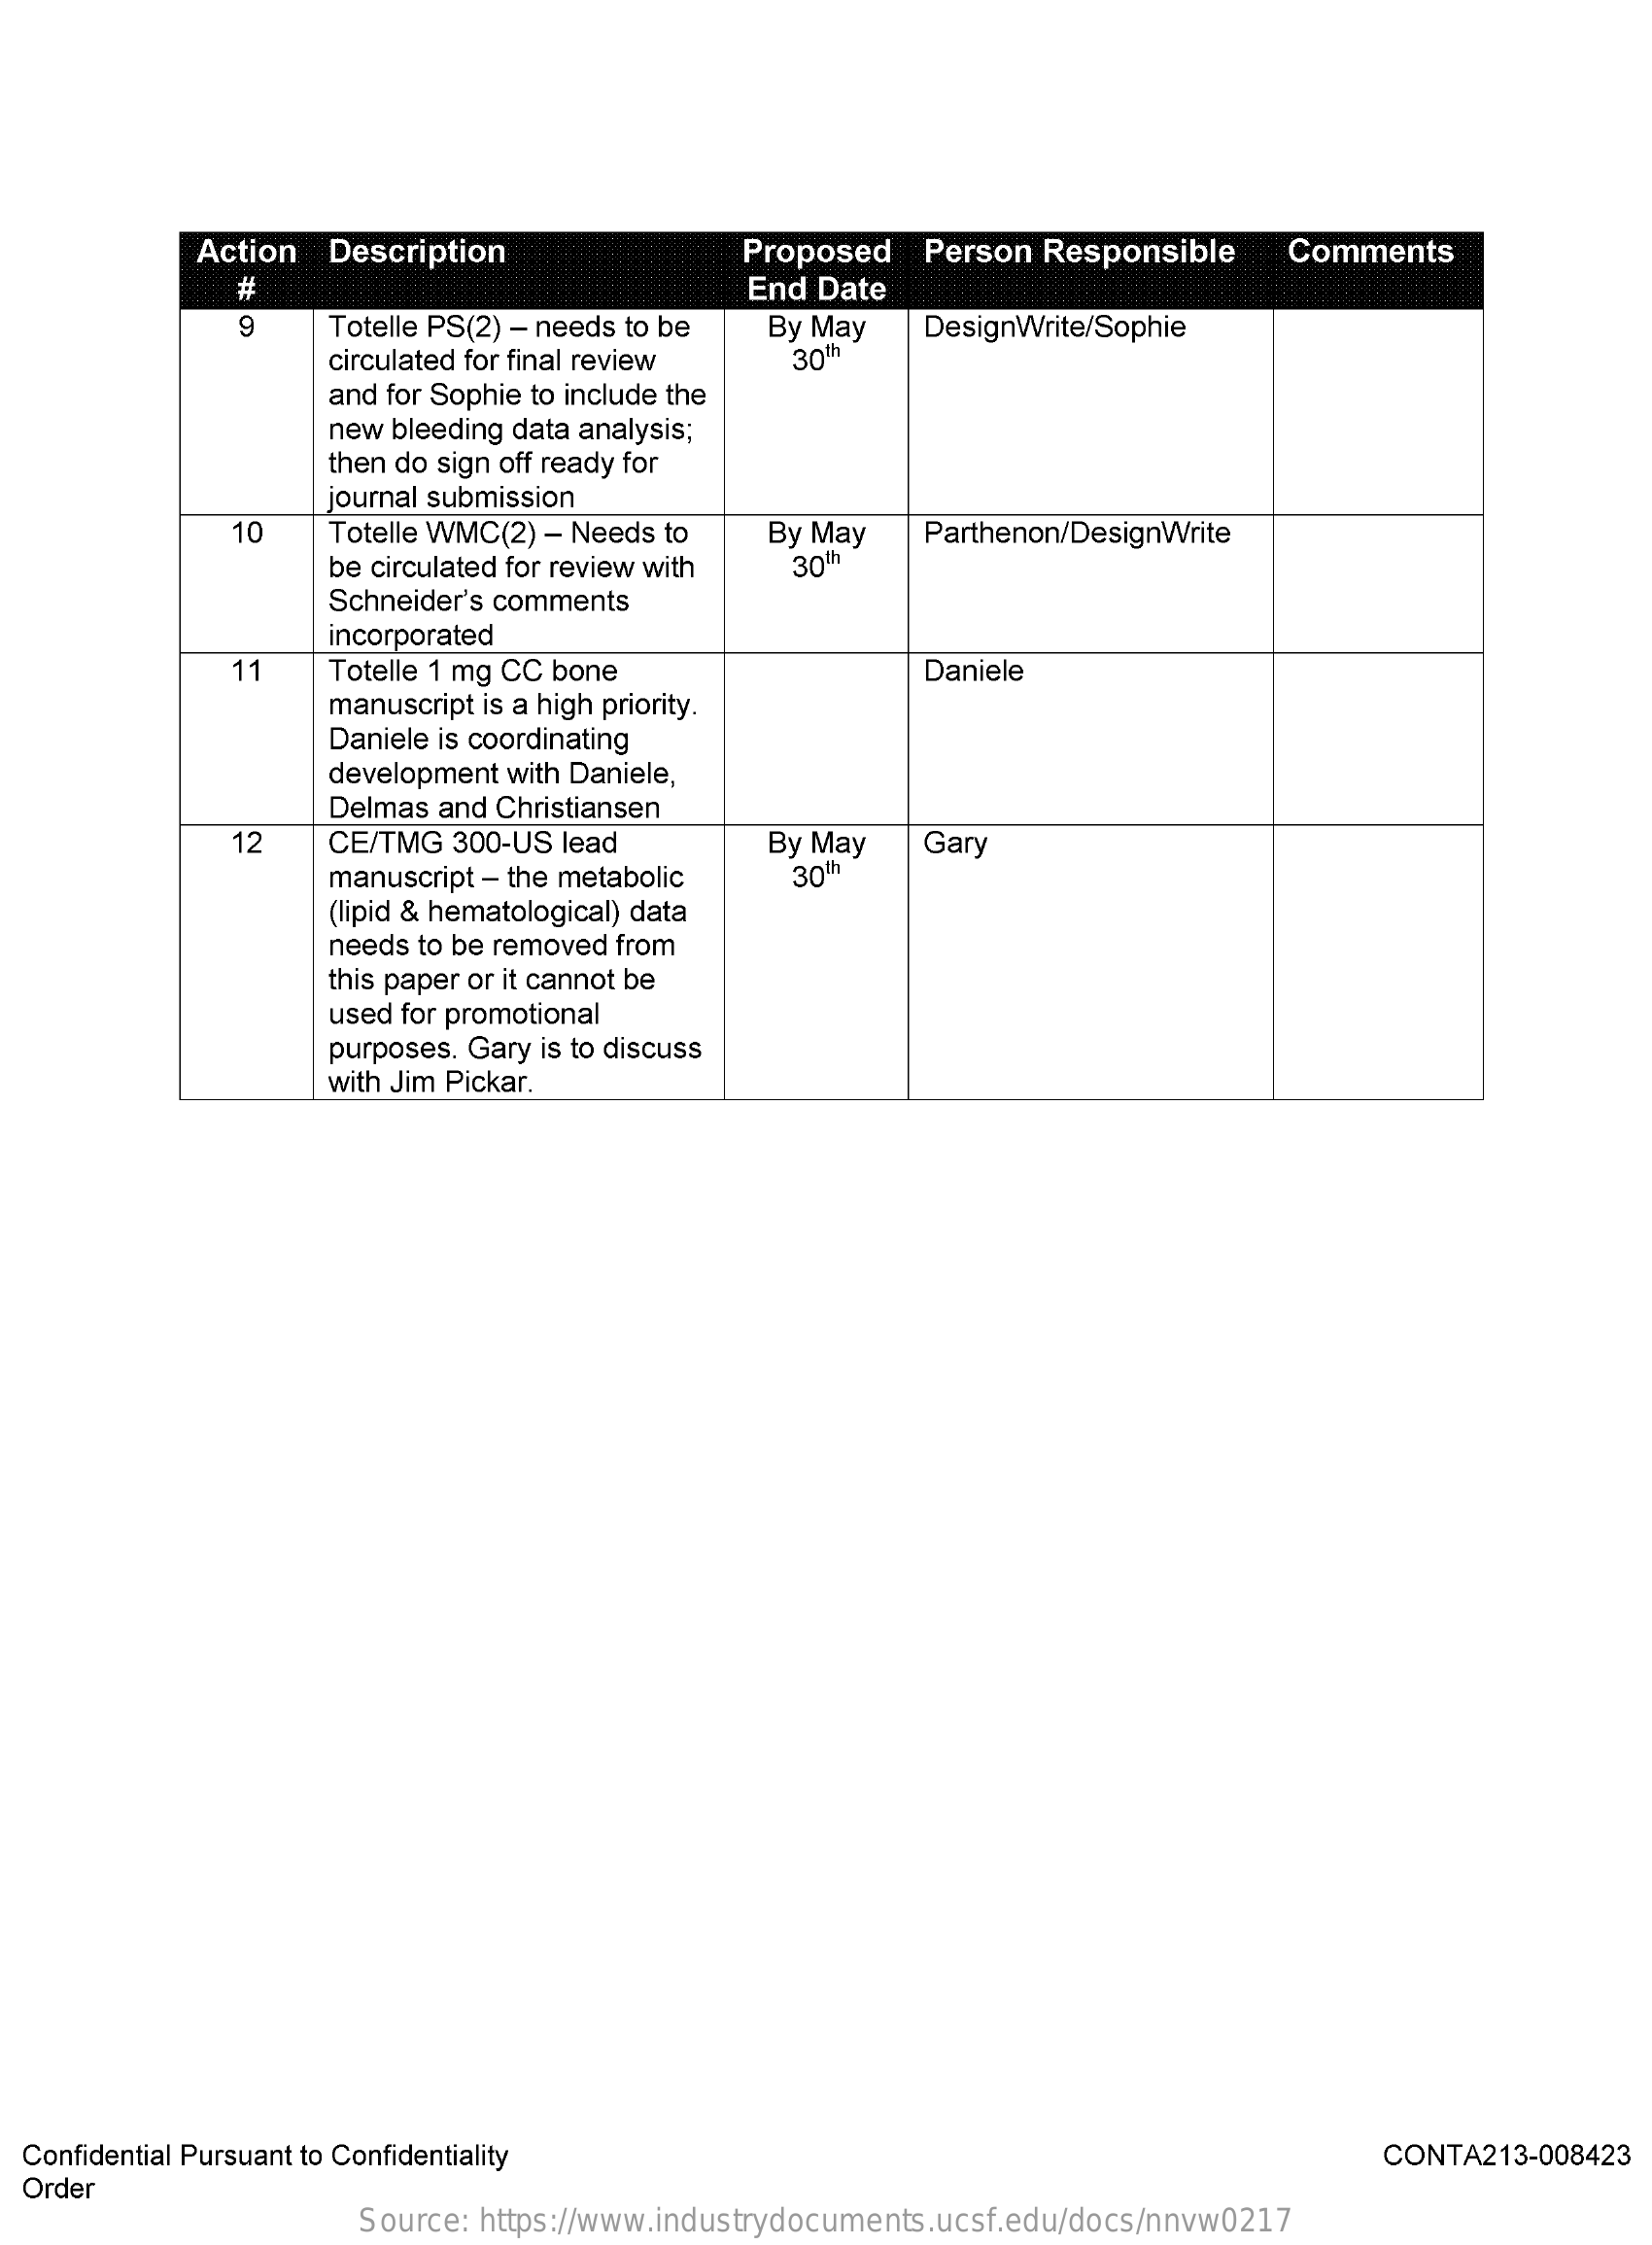
Action  Description    Proposed   Person  Responsible    Comments
     #    End Date
     9    Totelle PS(2) - needs to be By May    DesignWrite/Sophie
     circulated for final review  30th
     and for Sophie to include the
     new bleeding data analysis;
     then do sign off ready for
     journal submission
     10    Totelle WMC(2) - Needs to   By May    Parthenon/DesignWrite
     be circulated for review with 30th
     Schneider's comments
     incorporated
     11    Totelle 1 mg CC bone    Daniele
     manuscript is a high priority.
     Daniele is coordinating
     development with Daniele,
     Delmas and Christiansen
     12    CE/TMG  300-US lead    By May    Gary
     manuscript - the metabolic   30th
     (lipid & hematological) data
     needs to be removed from
     this paper or it cannot be
     used for promotional
     purposes. Gary is to discuss
     with Jim Pickar.
  Confidential Pursuant to Confidentiality    CONTA213-008423
  Order
     Source: https://www.industrydocuments.ucsf.edu/docs/nnvw0217